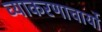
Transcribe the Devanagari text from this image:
व्याकरणाचार्यो